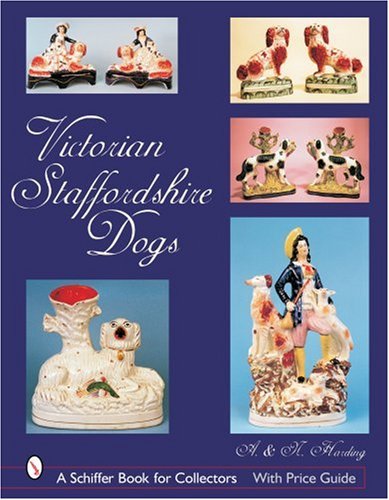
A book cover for Victorian Staffordshire Dogs (Schiffer Book for Collectors); A. Harding; Crafts, Hobbies & Home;